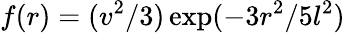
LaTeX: f(r)=(v^{2}/3)\exp(-3r^{2}/5l^{2})